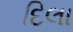
દિલા